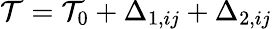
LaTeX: \mathcal{T}=\mathcal{T}_{0}+\Delta_{1,ij}+\Delta_{2,ij}